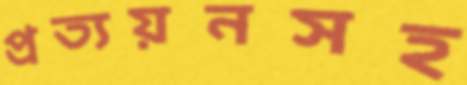
প্রত্যয়নসহ